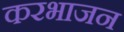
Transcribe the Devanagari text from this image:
करभाजन